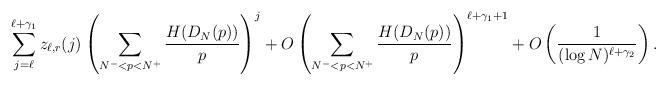
LaTeX: \begin{align*} \sum_{j=\ell}^{\ell+\gamma_1}z_{\ell,r}(j)\left(\sum_{N^-<p<N^+}\frac{H(D_N(p))}{p}\right)^j+O\left(\sum_{N^-<p<N^+}\frac{H(D_N(p))}{p}\right)^{\ell+\gamma_1+1}+O\left(\frac{1}{(\log N)^{\ell+\gamma_2}}\right).\end{align*}